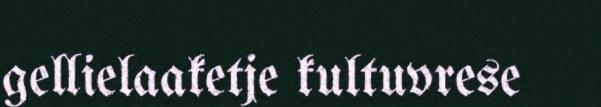
gellielaaketje kultuvrese